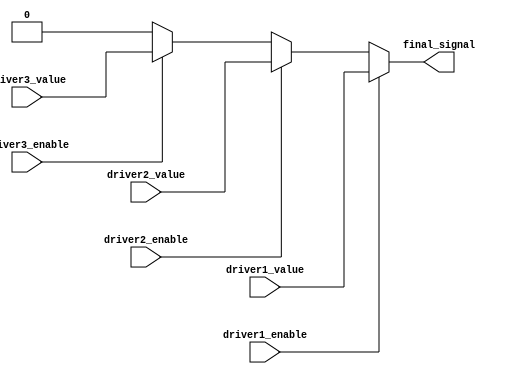
module multiple_drivers_example (
    input wire driver1_enable,
    input wire driver2_enable,
    input wire driver3_enable,
    input wire driver1_value,
    input wire driver2_value,
    input wire driver3_value,
    output wire final_signal
);

// Declaration of the final signal as a wire
wire final_signal;

// Resolution logic using priority encoding
assign final_signal = (driver1_enable) ? driver1_value :
                      (driver2_enable) ? driver2_value :
                      (driver3_enable) ? driver3_value : 1'b0; // Default to 0 if no drivers are enabled

endmodule